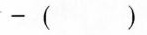
-( )